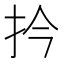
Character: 扲